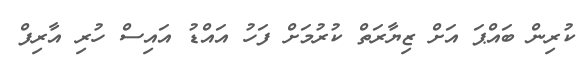
ކުރިން ބައްޕަ އަށް ޒިޔާރަތް ކުރުމަށް ފަހު އައްޑު އައިސް ހުރި އާރިފް